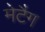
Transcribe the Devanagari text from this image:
मेटैग